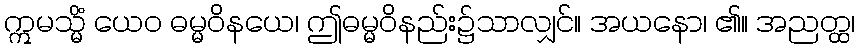
ဣမသ္မိံ ယေဝ ဓမ္မဝိနယေ၊ ဤဓမ္မဝိနည်း၌သာလျှင်။ အယနော၊ ၏။ အညတ္ထ၊